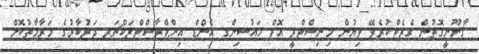
ޤާނޫނީގޮތުން ގެޒެޓްކުރެވޭ ލިޔުން މިނިސްޓްރީ އޮފް ހައުސިންގ އެންޑް އިންފްރާސްޓްރަކްޗަރ ދަރުބާރުގެ މަރާމާތުކޮށް